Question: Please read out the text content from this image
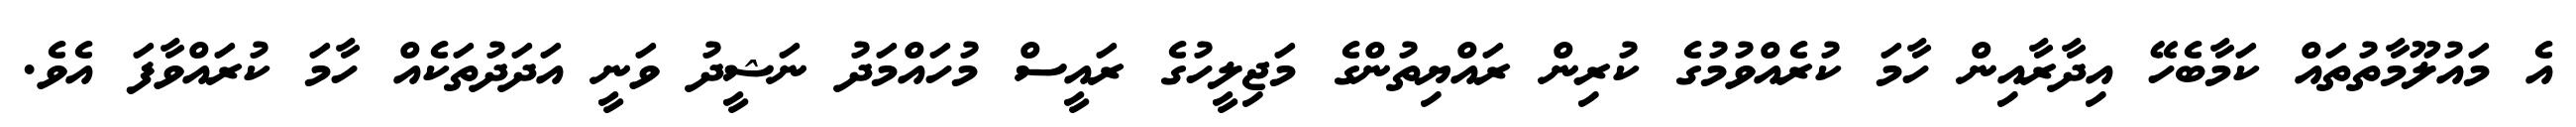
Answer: އެ މައުލޫމާތުތައް ކަމާބެހޭ އިދާރާއިން ހާމަ ކުރެއްވުމުގެ ކުރިން ރައްޔިތުންގެ މަޖިލީހުގެ ރައީސް މުހައްމަދު ނަޝީދު ވަނީ އަދަދުތަކެއް ހާމަ ކުރައްވާފަ އެވެ.